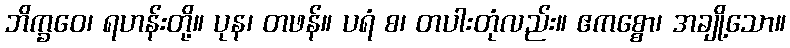
ဘိက္ခဝေ၊ ရဟန်းတို့။ ပုန၊ တဖန်။ ပရံ စ၊ တပါးတုံလည်း။ ဧကစ္စော၊ အချို့သော။